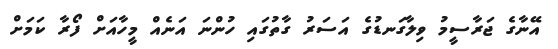
އޭނާގެ ޖަރާސީމު ވިލާގަނޑުގެ އަސަރު ގާތުގައި ހުންނަ އަނެއް މީހާއަށް ފޯރާ ކަމަށް